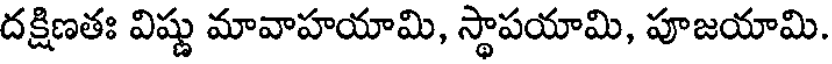
దక్షిణతః విష్ణు మావాహయామి, స్థాపయామి, పూజయామి.